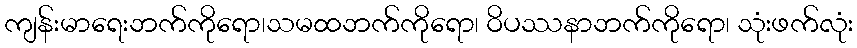
ကျန်းမာရေးဘက်ကိုရော၊သမထဘက်ကိုရော၊ ဝိပဿနာဘက်ကိုရော၊ သုံးဖက်လုံး